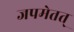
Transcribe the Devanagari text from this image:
जपमेतत्